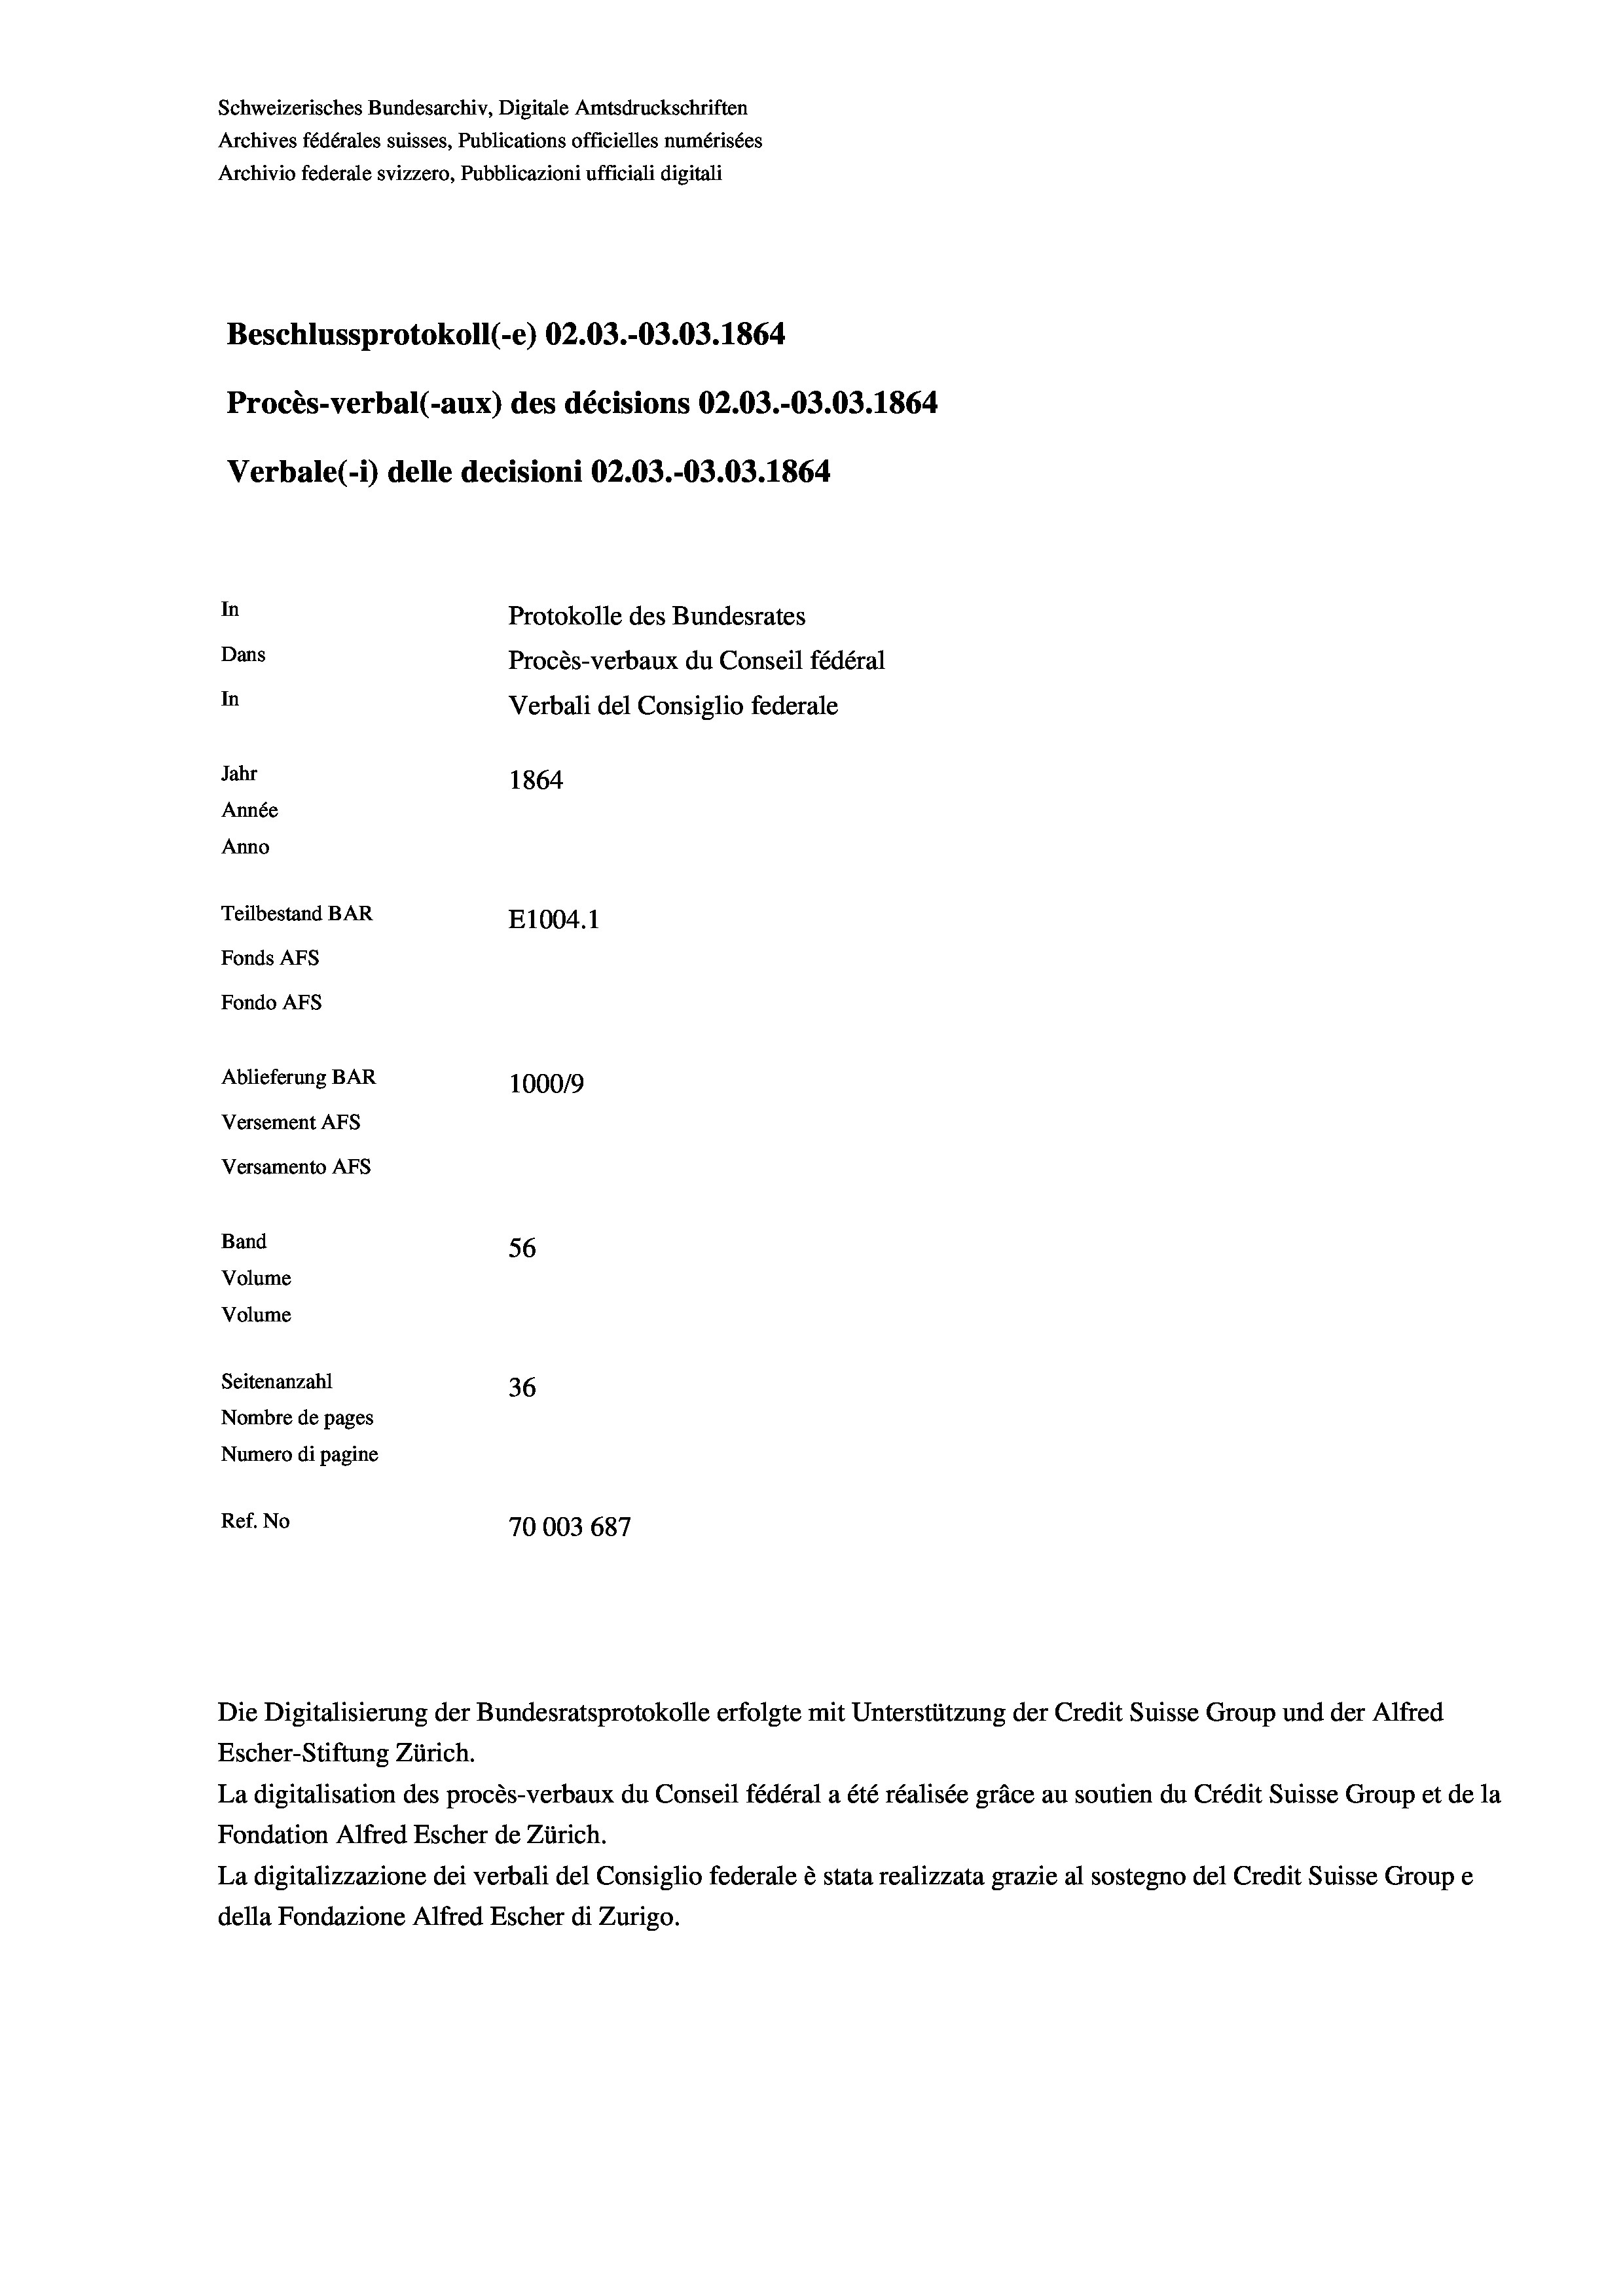
In
Protokolle des Bundesrates
Dans
Procès-verbaux du Conseil fédéral
In
Verbali del Consiglio federale
Jahr
1864
Année
Anno
Teilbestand BAR
E1004.1
Fonds AFs
Fondo Afs

Schweizerisches Bundesarchiv, Digitale Amtsdruckschriften
Archives fédérales suisses, Publications officielles numérisées
Archivio federale svizzero, Pubblicazioni ufficiali digitali

Procès-verbal (-aux) des décisions 02.03.-03.03. 1864
Verbale (- 1) delle decisioni 02.03.-03.03. 1864

Ablieferung BAR
100019
Versement AFs
Versamento AFs
Band
56
Volume
Volume
Seitenanzahl
36
Nombre de pages
Numero di pagine

Escher-Stiftung Zürich.
La digitalisation des procès-verbaux du Conseil fédéral a été réalisée gräce au soutien du Crédit Suisse Group et de la
Fondation Alfred Escher de Zürich.
La digitalizzazione dei verbali del Consiglio federale è stata realizzata grazie al sostegno del Credit Suisse Groupe
della Fondazione Alfred Escher di Zurigo.

Beschlussprotokoll (-e) 02.03.-03.03. 1864

Ref. No
70003687

Die Digitalisierung der Bundesratsprotokolle erfolgte mit Unterstützung der Credit Suisse Group und der Alfred